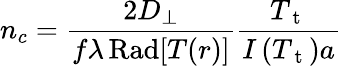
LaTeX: n_{c}=\frac{2D_{\perp}}{f\lambda\operatorname{Rad}[T(r)]}\frac{T_{\mathrm{~t~}}}{I\left(T_{\mathrm{~t~}}\right)a}